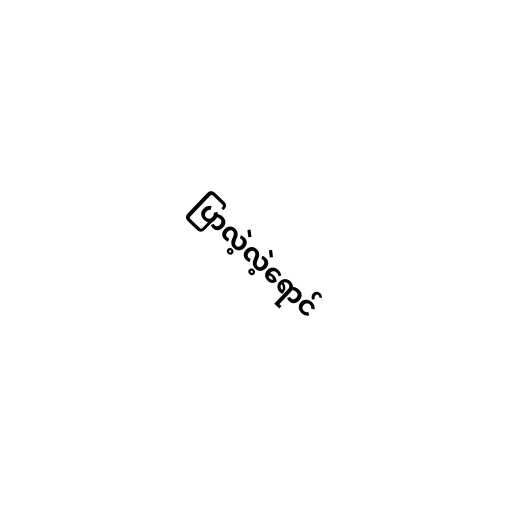
ပြာလဲ့လဲ့ရောင်